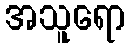
အသူရော